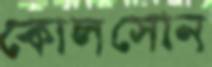
কোলসোন